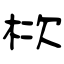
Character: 栨